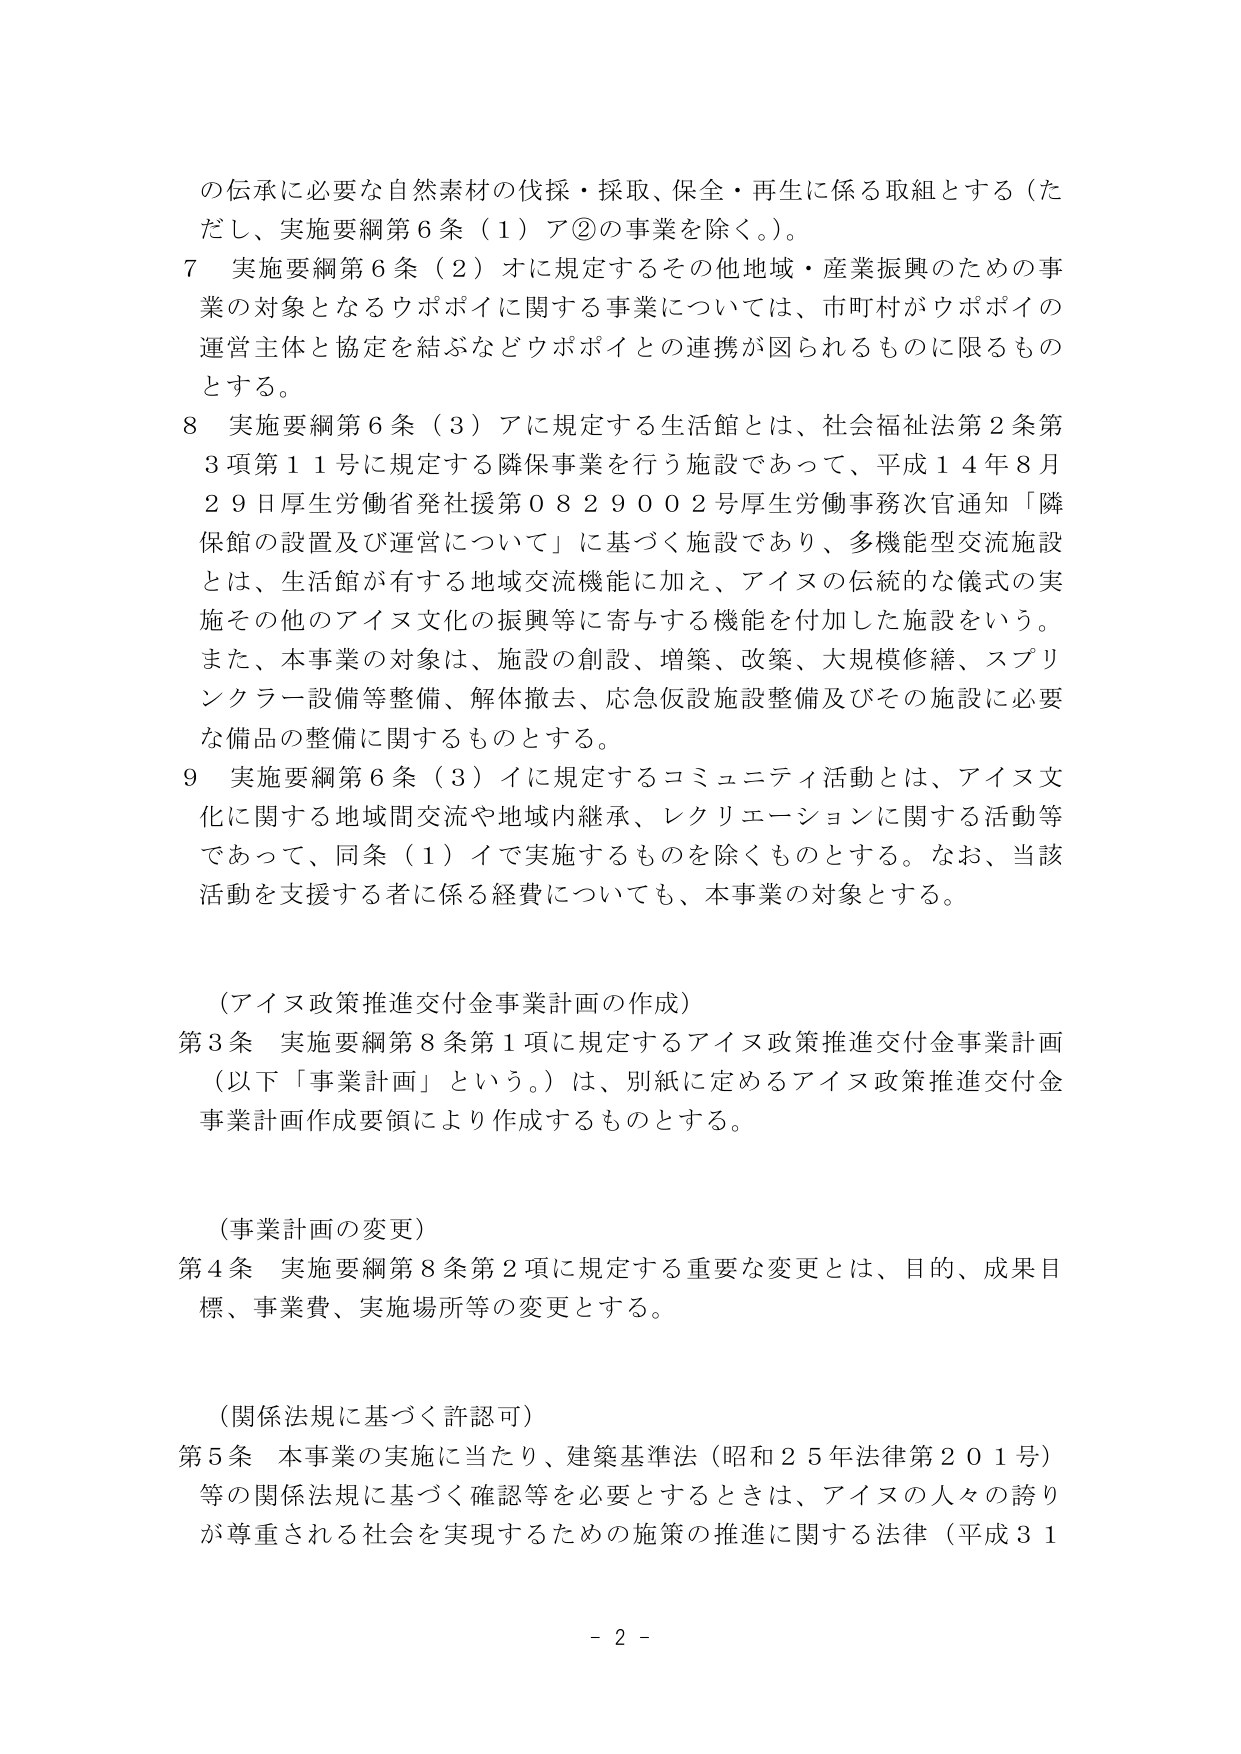
の伝承に必要な自然素材の伐採・採取、保全・再生に係る取組とする（ただし、実施要綱第６条（１）ア②の事業を除く。）。

７ 実施要綱第６条（２）オに規定するその他地域・産業振興のための事業の対象となるウポポイに関する事業については、市町村がウポポイの運営主体と協定を結ぶなどウポポイとの連携が図られるものに限るものとする。

８ 実施要綱第６条（３）アに規定する生活館とは、社会福祉法第２条第３項第１１号に規定する隣保事業を行う施設であって、平成１４年８月２９日厚生労働省発社援０８２９００２号厚生労働事務次官通知「隣保館の設置及び運営について」に基づく施設であり、多機能型交流施設とは、生活館が有する地域交流機能に加え、アイヌの伝統的な儀式の実施その他のアイヌ文化の振興等に寄与する機能を付加した施設をいう。また、本事業の対象は、施設の創設、増築、改築、大規模修繕、スプリンクラー設備等整備、解体撤去、応急仮設施設整備及びその施設に必要な備品の整備に関するものとする。

９ 実施要綱第６条（３）イに規定するコミュニティ活動とは、アイヌ文化に関する地域間交流や地域内継承、レクリエーションに関する活動等であって、同条（１）イで実施するものを除くものとする。なお、当該活動を支援する者に係る経費についても、本事業の対象とする。

（アイヌ政策推進交付金事業計画の作成）

第３条 実施要綱第８条第１項に規定するアイヌ政策推進交付金事業計画（以下「事業計画」という。）は、別紙に定めるアイヌ政策推進交付金事業計画作成要領により作成するものとする。

（事業計画の変更）

第４条 実施要綱第８条第２項に規定する重要な変更とは、目的、成果目標、事業費、実施場所等の変更とする。

（関係法規に基づく許認可）

第５条 本事業の実施に当たり、建築基準法（昭和２５年法律第２０１号）等の関係法規に基づく確認等を必要とするときは、アイヌの人々の誇りが尊重される社会を実現するための施策の推進に関する法律（平成３１

－２－